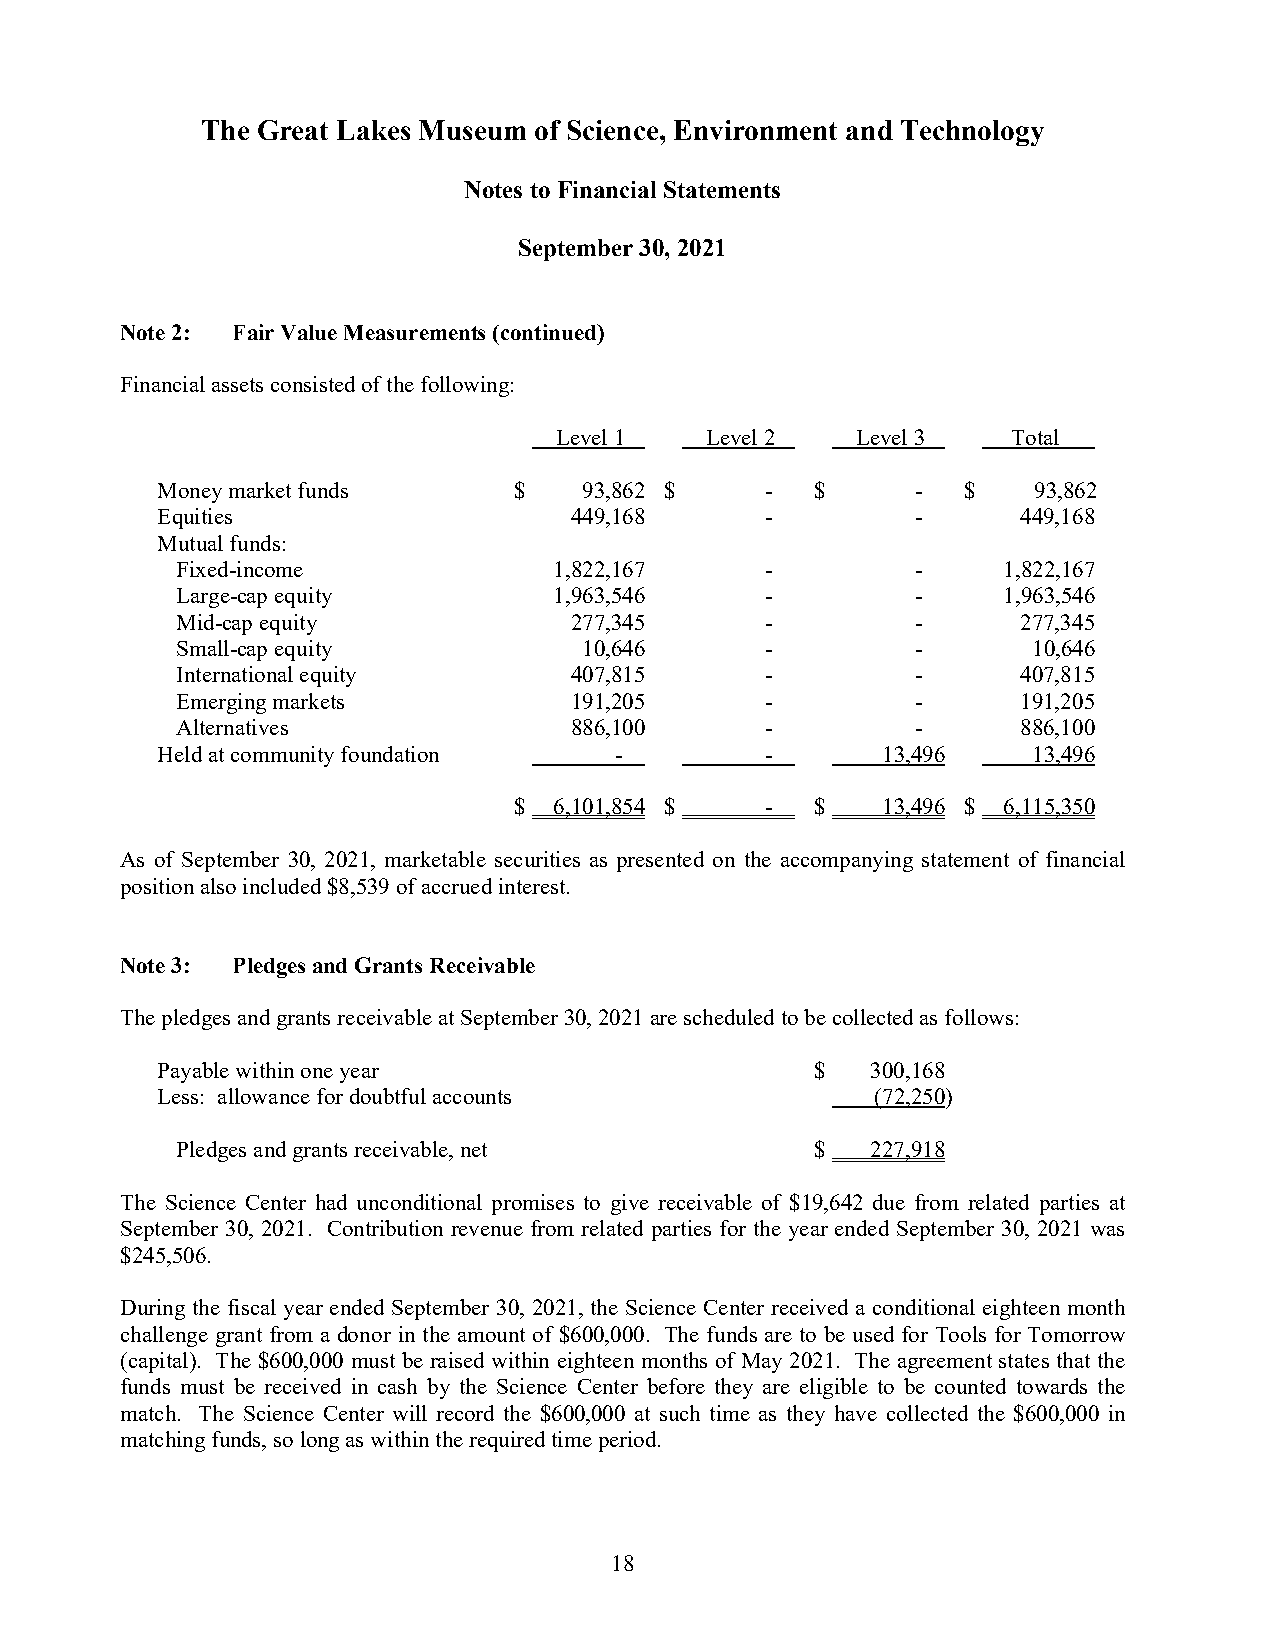
The Great Lakes Museum of Science, Environment and Technology
 Notes to Financial Statements
 September 30, 2021
 Note 2: Fair Value Measurements (continued)
 Financial assets consisted of the following:
 Level 1   Level 2   Level 3   Total
 Money market funds      $    93,862 $    -  $      -  $   93,862
 Equities                    449,168      -         -      449,168
 Mutual funds:
 Fixed-income             1,822,167     -         -    1,822,167
 Large-cap equity         1,963,546     -         -    1,963,546
 Mid-cap equity            277,345      -         -      277,345
 Small-cap equity           10,646      -         -      10,646
 International equity      407,815      -         -      407,815
 Emerging markets          191,205      -         -      191,205
 Alternatives              886,100      -         -      886,100
 Held at community foundation   -         -      13,496    13,496
 $  6,101,854 $   -  $   13,496 $ 6,115,350
 As of September 30, 2021, marketable securities as presented on the accompanying statement of financial
 position also included $8,539of accrued interest.
 Note 3: Pledges and Grants Receivable
 The pledges and grants receivable at September 30, 2021are scheduled to be collected as follows:
 Payable within one year                     $   300,168
 Less: allowance for doubtful accounts           (72,250)
 Pledges and grants receivable, net        $   227,918
 The Science Center had unconditional promises to give receivable of $19,642 due from related parties at
 September 30, 2021. Contribution revenue from related parties for the year ended September 30, 2021 was
 $245,506.
 During the fiscal year ended September 30, 2021, the Science Center received a conditional eighteen month
 challenge grant from a donor in the amount of $600,000. The funds are to be used for Tools for Tomorrow
 (capital). The $600,000 must be raised within eighteen months of May 2021. The agreement states that the
 funds must be received in cash by the Science Center before they are eligible to be counted towards the
 match. The Science Center will record the $600,000 at such time as they have collected the $600,000 in
 matching funds, so long as within the required time period.
 18